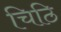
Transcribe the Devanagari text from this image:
चिठि